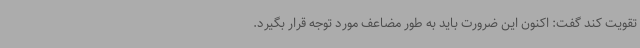
تقویت کند گفت: اکنون این ضرورت باید به طور مضاعف مورد توجه قرار بگیرد.